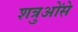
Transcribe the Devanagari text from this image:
शत्रुओंसे